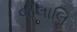
જલાલિ